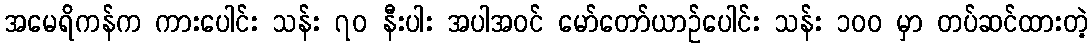
အမေရိကန်က ကားပေါင်း သန်း ၇၀ နီးပါး အပါအဝင် မော်တော်ယာဉ်ပေါင်း သန်း ၁၀၀ မှာ တပ်ဆင်ထားတဲ့